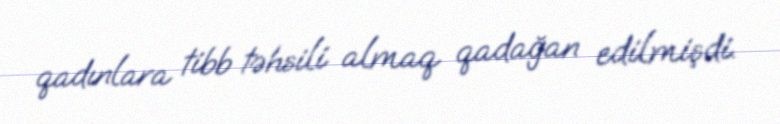
qadınlara tibb təhsili almaq qadağan edilmişdi.